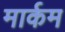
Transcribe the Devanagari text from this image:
मार्कम